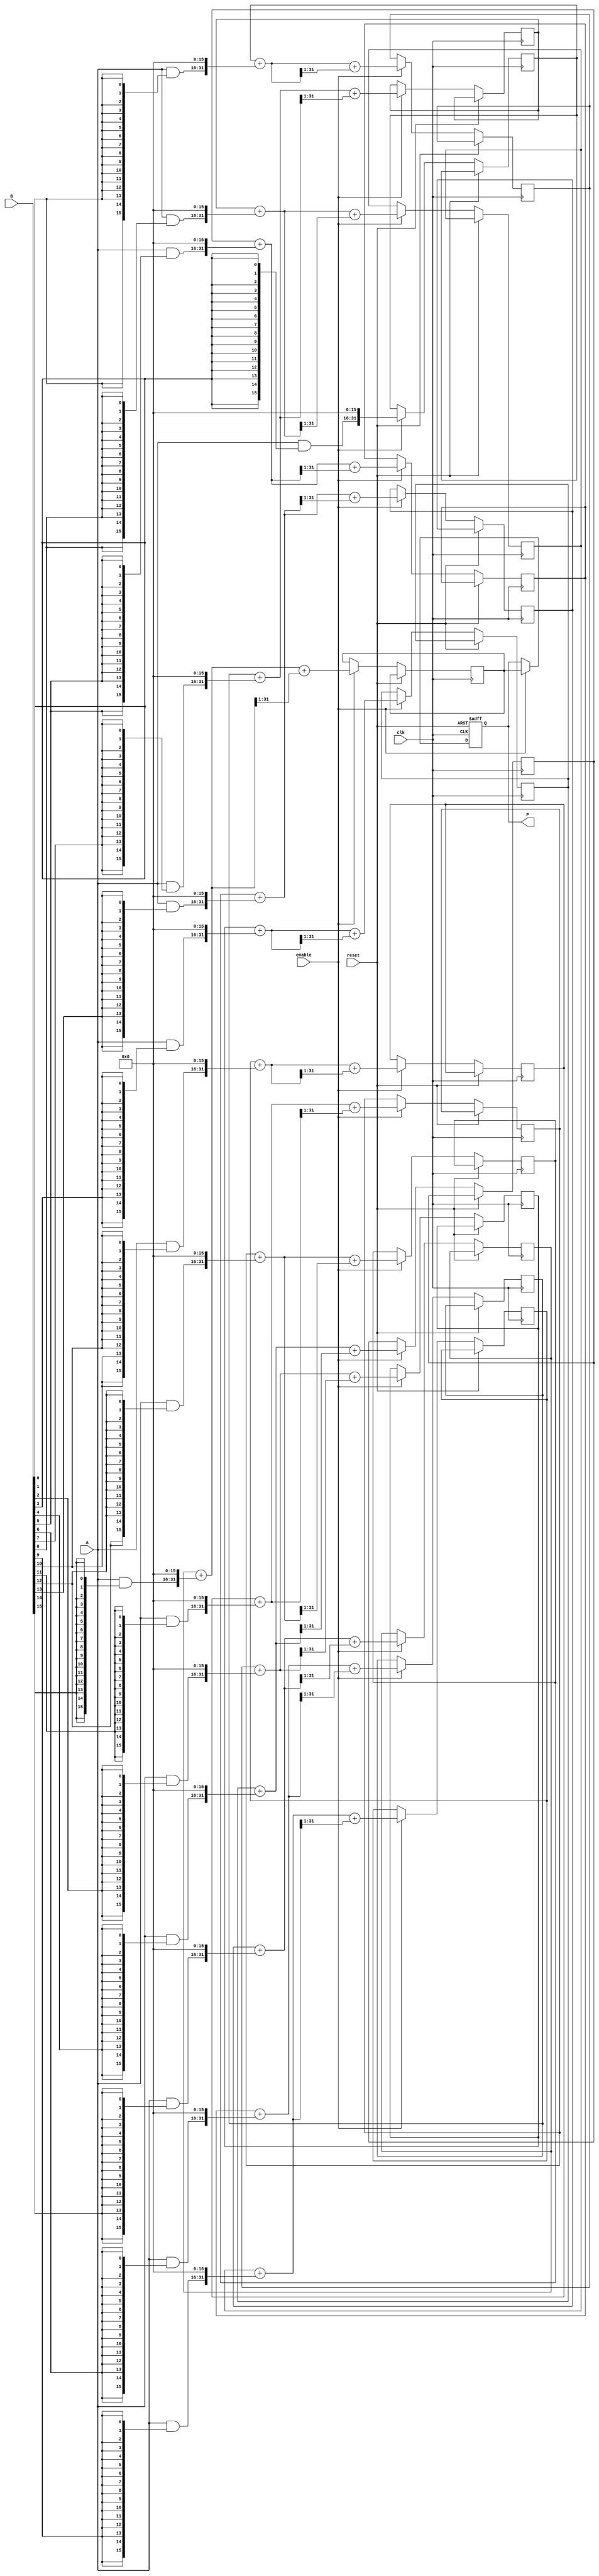
module wallace_tree_multiplier #(
    parameter A_WIDTH = 16, // Width of operand A
    parameter B_WIDTH = 16, // Width of operand B
    parameter P_WIDTH = A_WIDTH + B_WIDTH // Width of the product
)(
    input wire [A_WIDTH-1:0] A, // Multiplicand
    input wire [B_WIDTH-1:0] B, // Multiplier
    input wire enable,           // Enable signal
    output reg [P_WIDTH-1:0] P,  // Product output
    input wire clk,              // Clock signal
    input wire reset             // Reset signal
);

// Internal wires for partial products
wire [A_WIDTH-1:0] partial_products [B_WIDTH-1:0];
reg [P_WIDTH-1:0] sum [B_WIDTH-1:0];

// Generate Partial Products
genvar i;
generate
    for (i = 0; i < B_WIDTH; i = i + 1) begin : pp_gen
        assign partial_products[i] = A & {A_WIDTH{B[i]}};
    end
endgenerate

// Wallace Tree Reduction
integer j, k;

// Final product registers
reg [P_WIDTH-1:0] final_sum;
reg [P_WIDTH-1:0] carry;

// Wallace Tree adder level logic
always @(posedge clk or posedge reset) begin
    if (reset) begin
        P <= 0;
    end else if (enable) begin
        // Initialize sum array with the first partial product
        sum[0] <= {partial_products[0], {P_WIDTH-A_WIDTH{1'b0}}};

        for (j = 1; j < B_WIDTH; j = j + 1) begin
            final_sum = sum[j-1] + {partial_products[j], {P_WIDTH-A_WIDTH{1'b0}}};
            carry = final_sum >> 1; // simple carry generation for demonstration
            sum[j] <= final_sum + carry; // accumulating carry
        end
        
        // The final product will be the last sum after all reductions
        P <= sum[B_WIDTH-1];
    end
end

endmodule